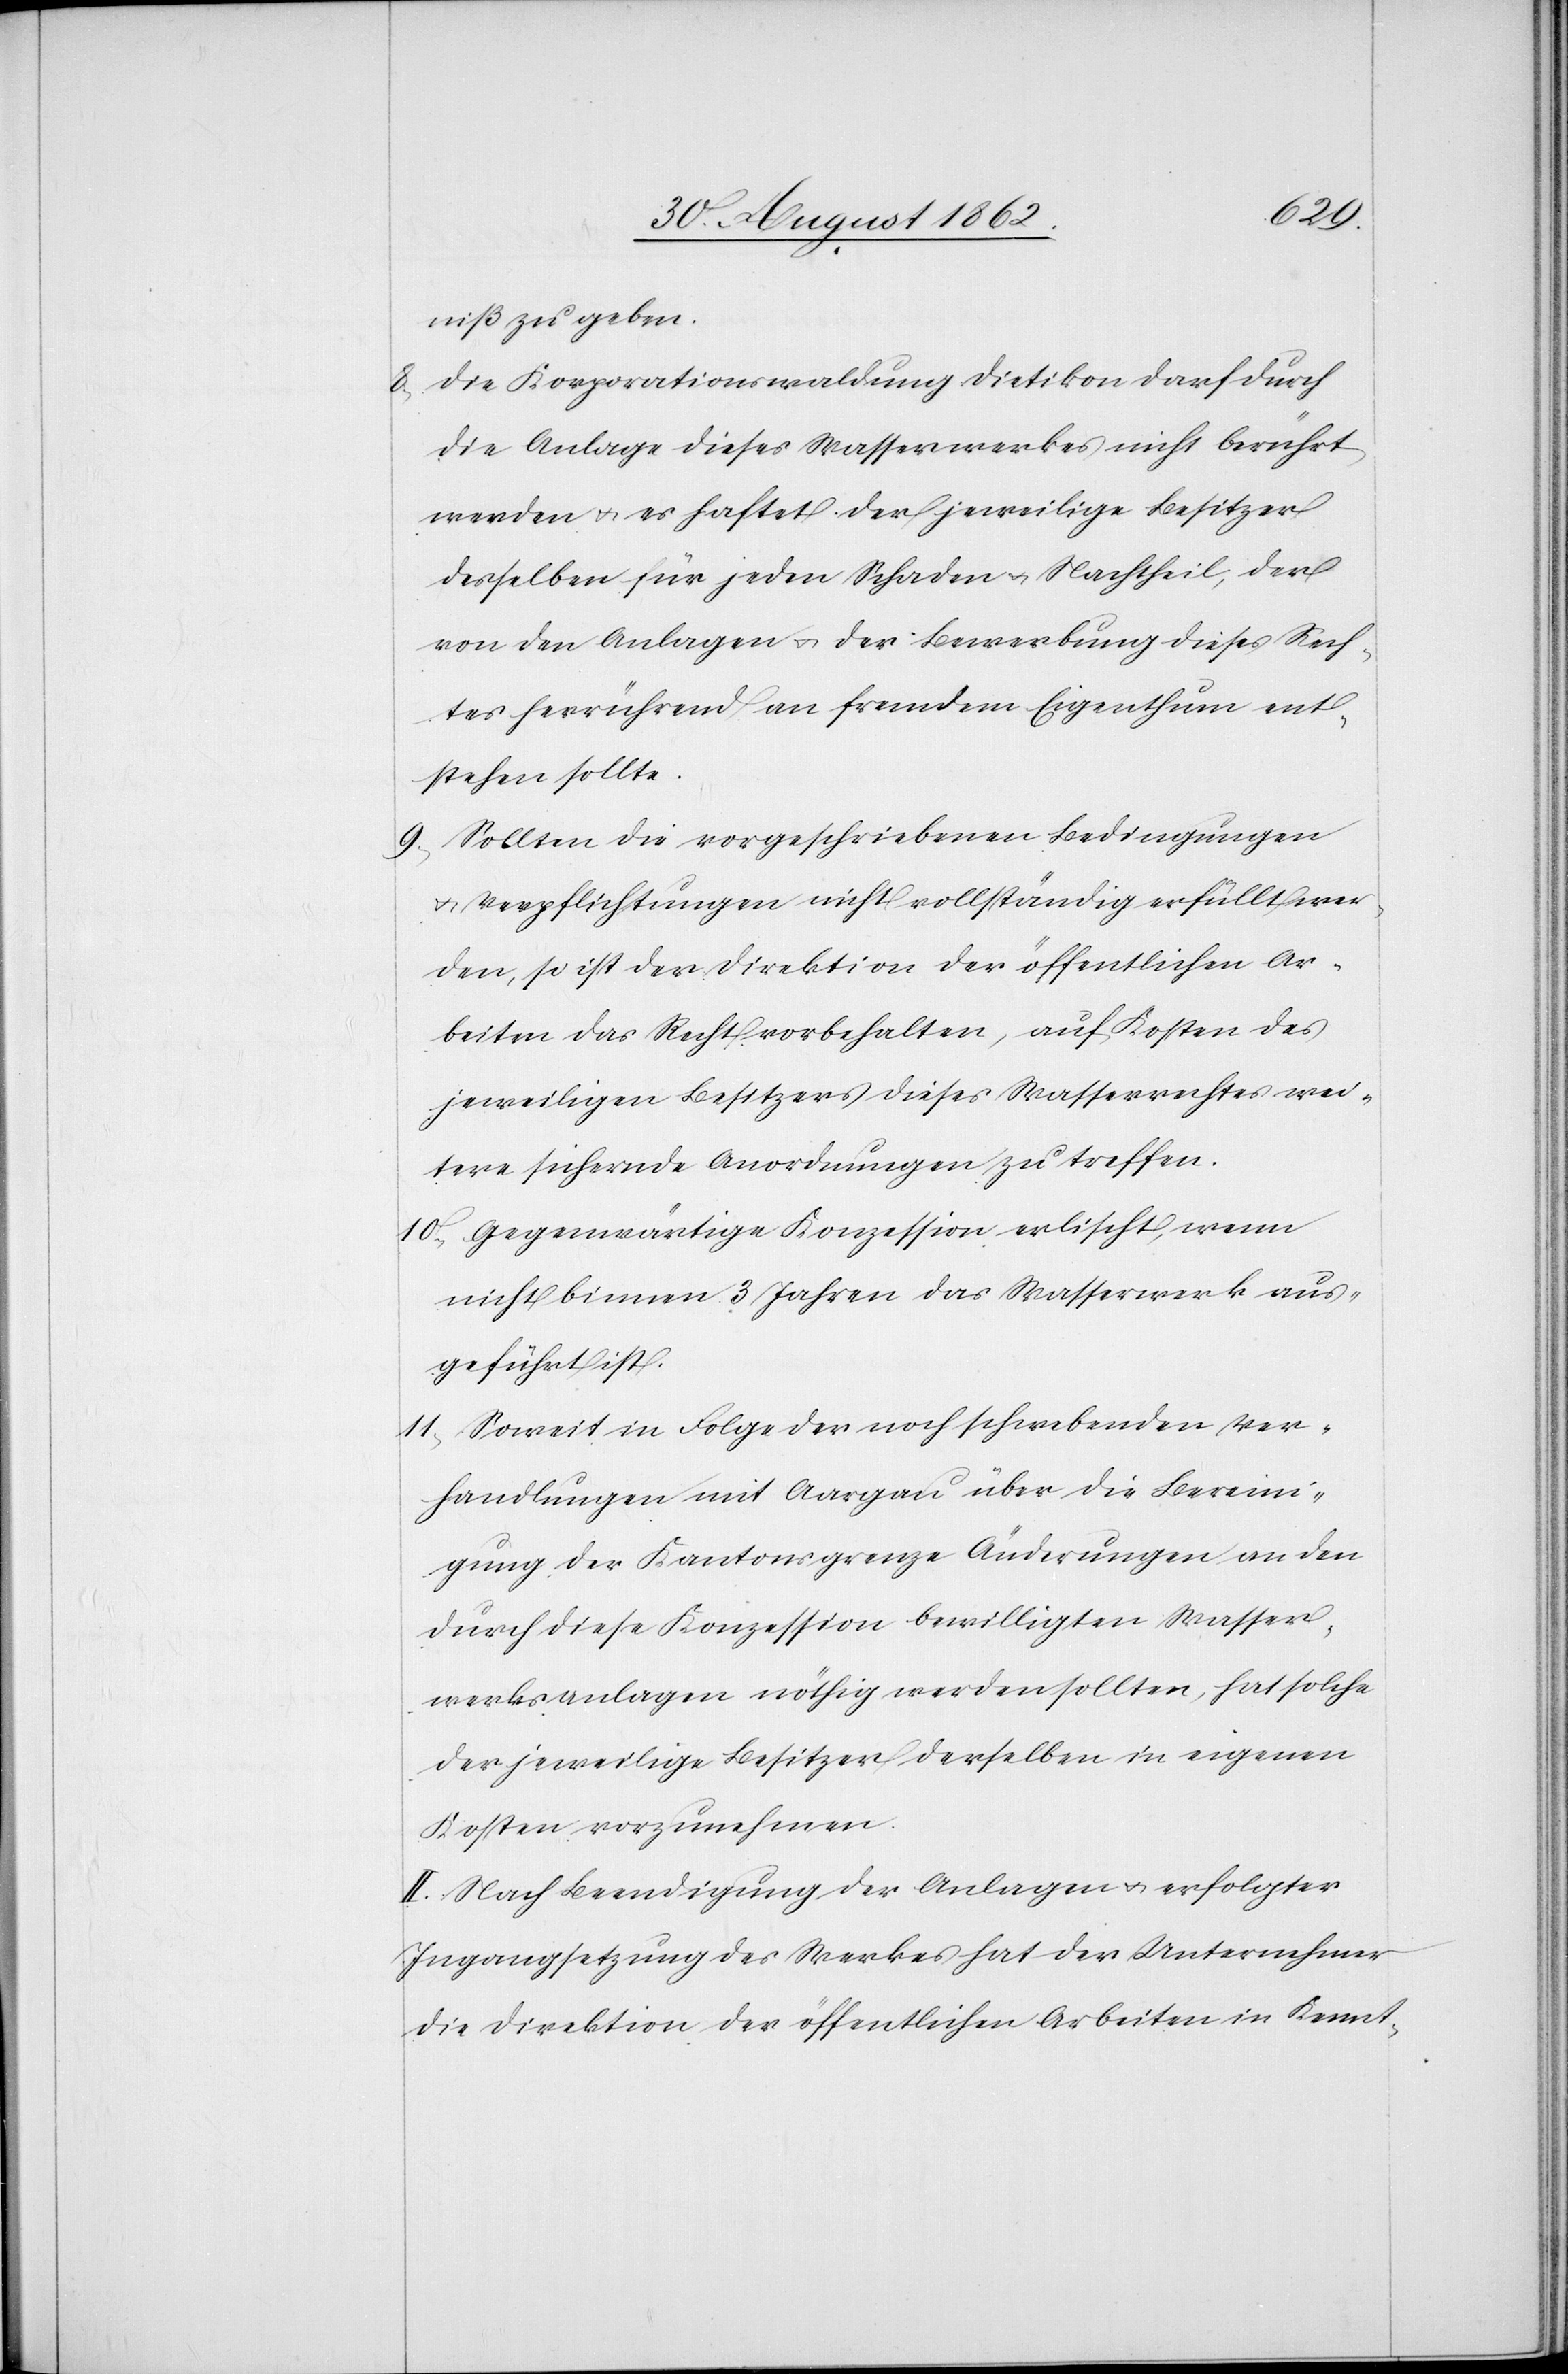
niß zu geben.
8) Die Korporationswaldung Dietikon darf durch
die Anlage dieses Wasserwerkes nicht berührt
werden u. es haftet der jeweilige Besitzer
desselben für jede Schaden u. Nachtheil, der
von den Anlagen u. der Bewerbung dieses Rech¬
tes herrührend an fremdem Eigenthum ent¬
stehen sollte.
9) Sollten die vorgeschriebenen Bedingungen
u. Verpflichtungen nicht vollständig erfüllt wer¬
den, so ist der Direktion der öffentlichen Ar¬
beiten das Recht vorbehalten, auf Kosten des
jeweiligen Besitzers dieses Wasserrechtes wei¬
tere sichernde Anordnungen zu treffen.
10) Gegenwärtige Konzession erlischt, wenn
nicht binnen 3 Jahren das Wasserwerk aus¬
geführt ist.
11) Soweit in Folge der noch schwebenden Ver¬
handlungen mit Aargau über die Bereini¬
gung der Kantonsgrenze Änderungen an den
durch diese Konzession bewilligten Wasser¬
werksanlagen nöthig werden sollten, hat solche
der jeweilige Besitzer derselben in eigenen
Kosten vorzunehmen.
II. Nach Beendigung der Anlagen u. erfolgter
Ingangsetzung des Werkes hat der Unternehmer
die Direktion der öffentlichen Arbeiten in Kennt-